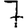
Digit: 7